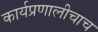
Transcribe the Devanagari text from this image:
कार्यप्रणालीचाच